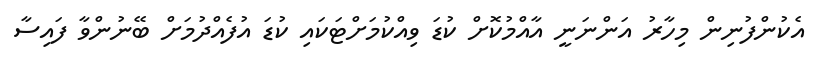
އެކުންފުނިން މިހާރު އަންނަނީ އާއްމުކޮށް ކުޑަ ވިއްކުމަށްޓަކައި ކުޑަ އުފެއްދުމަށް ބޭނުންވާ ފައިސާ